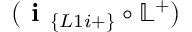
( \textbf { i } _ { \{ L 1 i + \} } \circ \mathbb { L } ^ { + } )